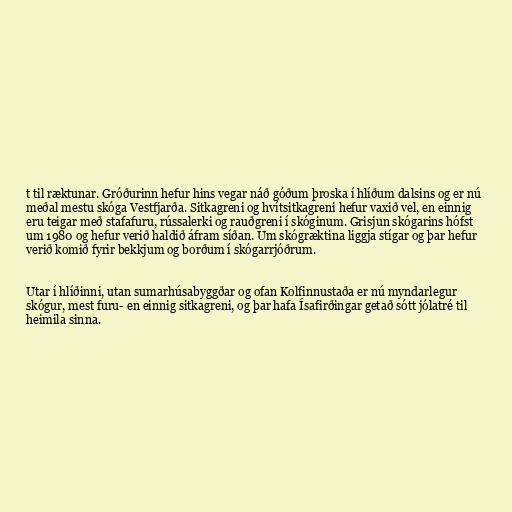
t til ræktunar. Gróðurinn hefur hins vegar náð góðum þroska í hlíðum dalsins og er nú
meðal mestu skóga Vestfjarða. Sitkagreni og hvítsitkagreni hefur vaxið vel, en einnig
eru teigar með stafafuru, rússalerki og rauðgreni í skóginum. Grisjun skógarins hófst
um 1980 og hefur verið haldið áfram síðan. Um skógræktina liggja stígar og þar hefur
verið komið fyrir bekkjum og borðum í skógarrjóðrum.

Utar í hlíðinni, utan sumarhúsabyggðar og ofan Kolfinnustaða er nú myndarlegur
skógur, mest furu- en einnig sitkagreni, og þar hafa Ísafirðingar getað sótt jólatré til
heimila sinna.